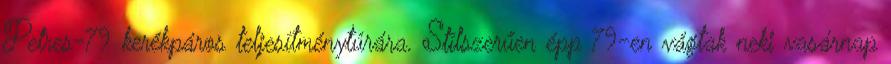
Petres-79 kerékpáros teljesítménytúrára. Stílszerűen épp 79-en vágtak neki vasárnap